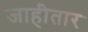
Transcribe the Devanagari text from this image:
जाहीतार